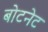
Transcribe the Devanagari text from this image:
बोटनेट